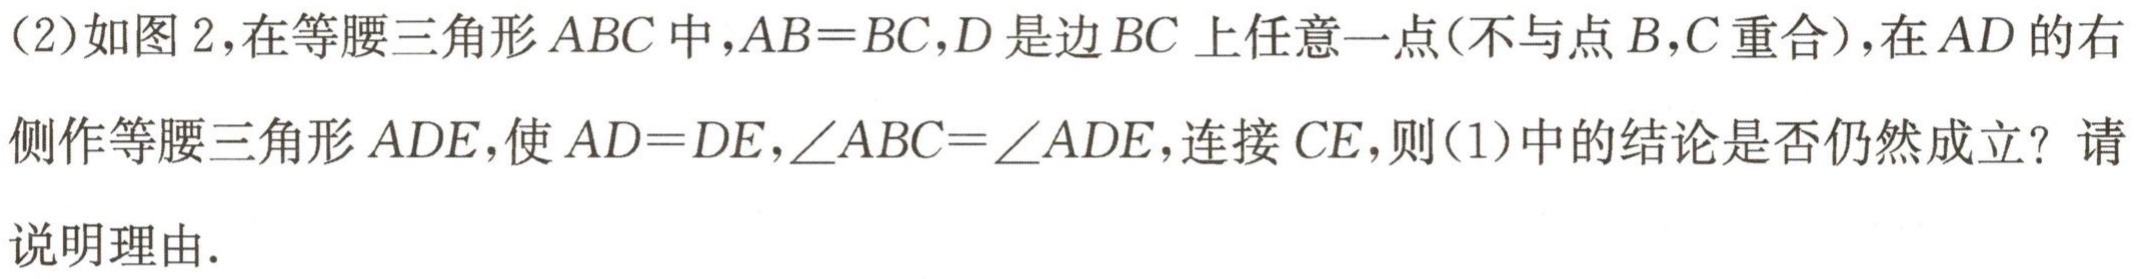
（2）如图2，在等腰三角形\(ABC\)中，\(AB = BC\)，\(D\)是边\(BC\)上任意一点（不与点\(B\)，\(C\)重合），在\(AD\)的右侧作等腰三角形\(ADE\)，使\(AD = DE\)，\(\angle ABC=\angle ADE\)，连接\(CE\)，则（1）中的结论是否仍然成立？请说明理由.